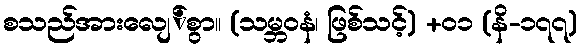
စသည်အားလျေ်စွာ။ (သမ္ဘဝနံ၊ ဖြစ်သင့်) +၀၁ (နိ-၁၇၇)